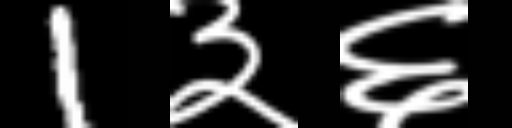
Text: 1३६